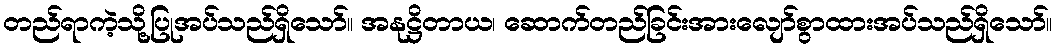
တည်ရာကဲ့သို့ပြုအပ်သည်ရှိသော်။ အနုဋ္ဌိတာယ၊ ဆောက်တည်ခြင်းအားလျော်စွာထားအပ်သည်ရှိသော်။